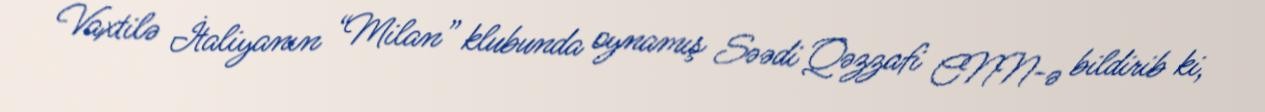
Vaxtilə İtaliyanın “Milan” klubunda oynamış Səədi Qəzzafi CNN-ə bildirib ki,